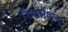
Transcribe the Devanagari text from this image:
रिफर्मेशन